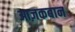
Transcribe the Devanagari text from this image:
आज़कबान